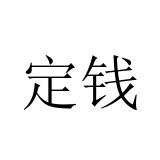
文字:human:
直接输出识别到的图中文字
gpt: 定钱